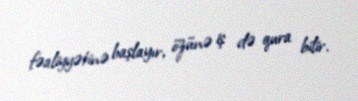
fəaliyyətinə başlayır, özünə iş də qura bilir.